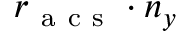
r _ { \mathrm { ~ a ~ c ~ s ~ } } \cdot n _ { y }